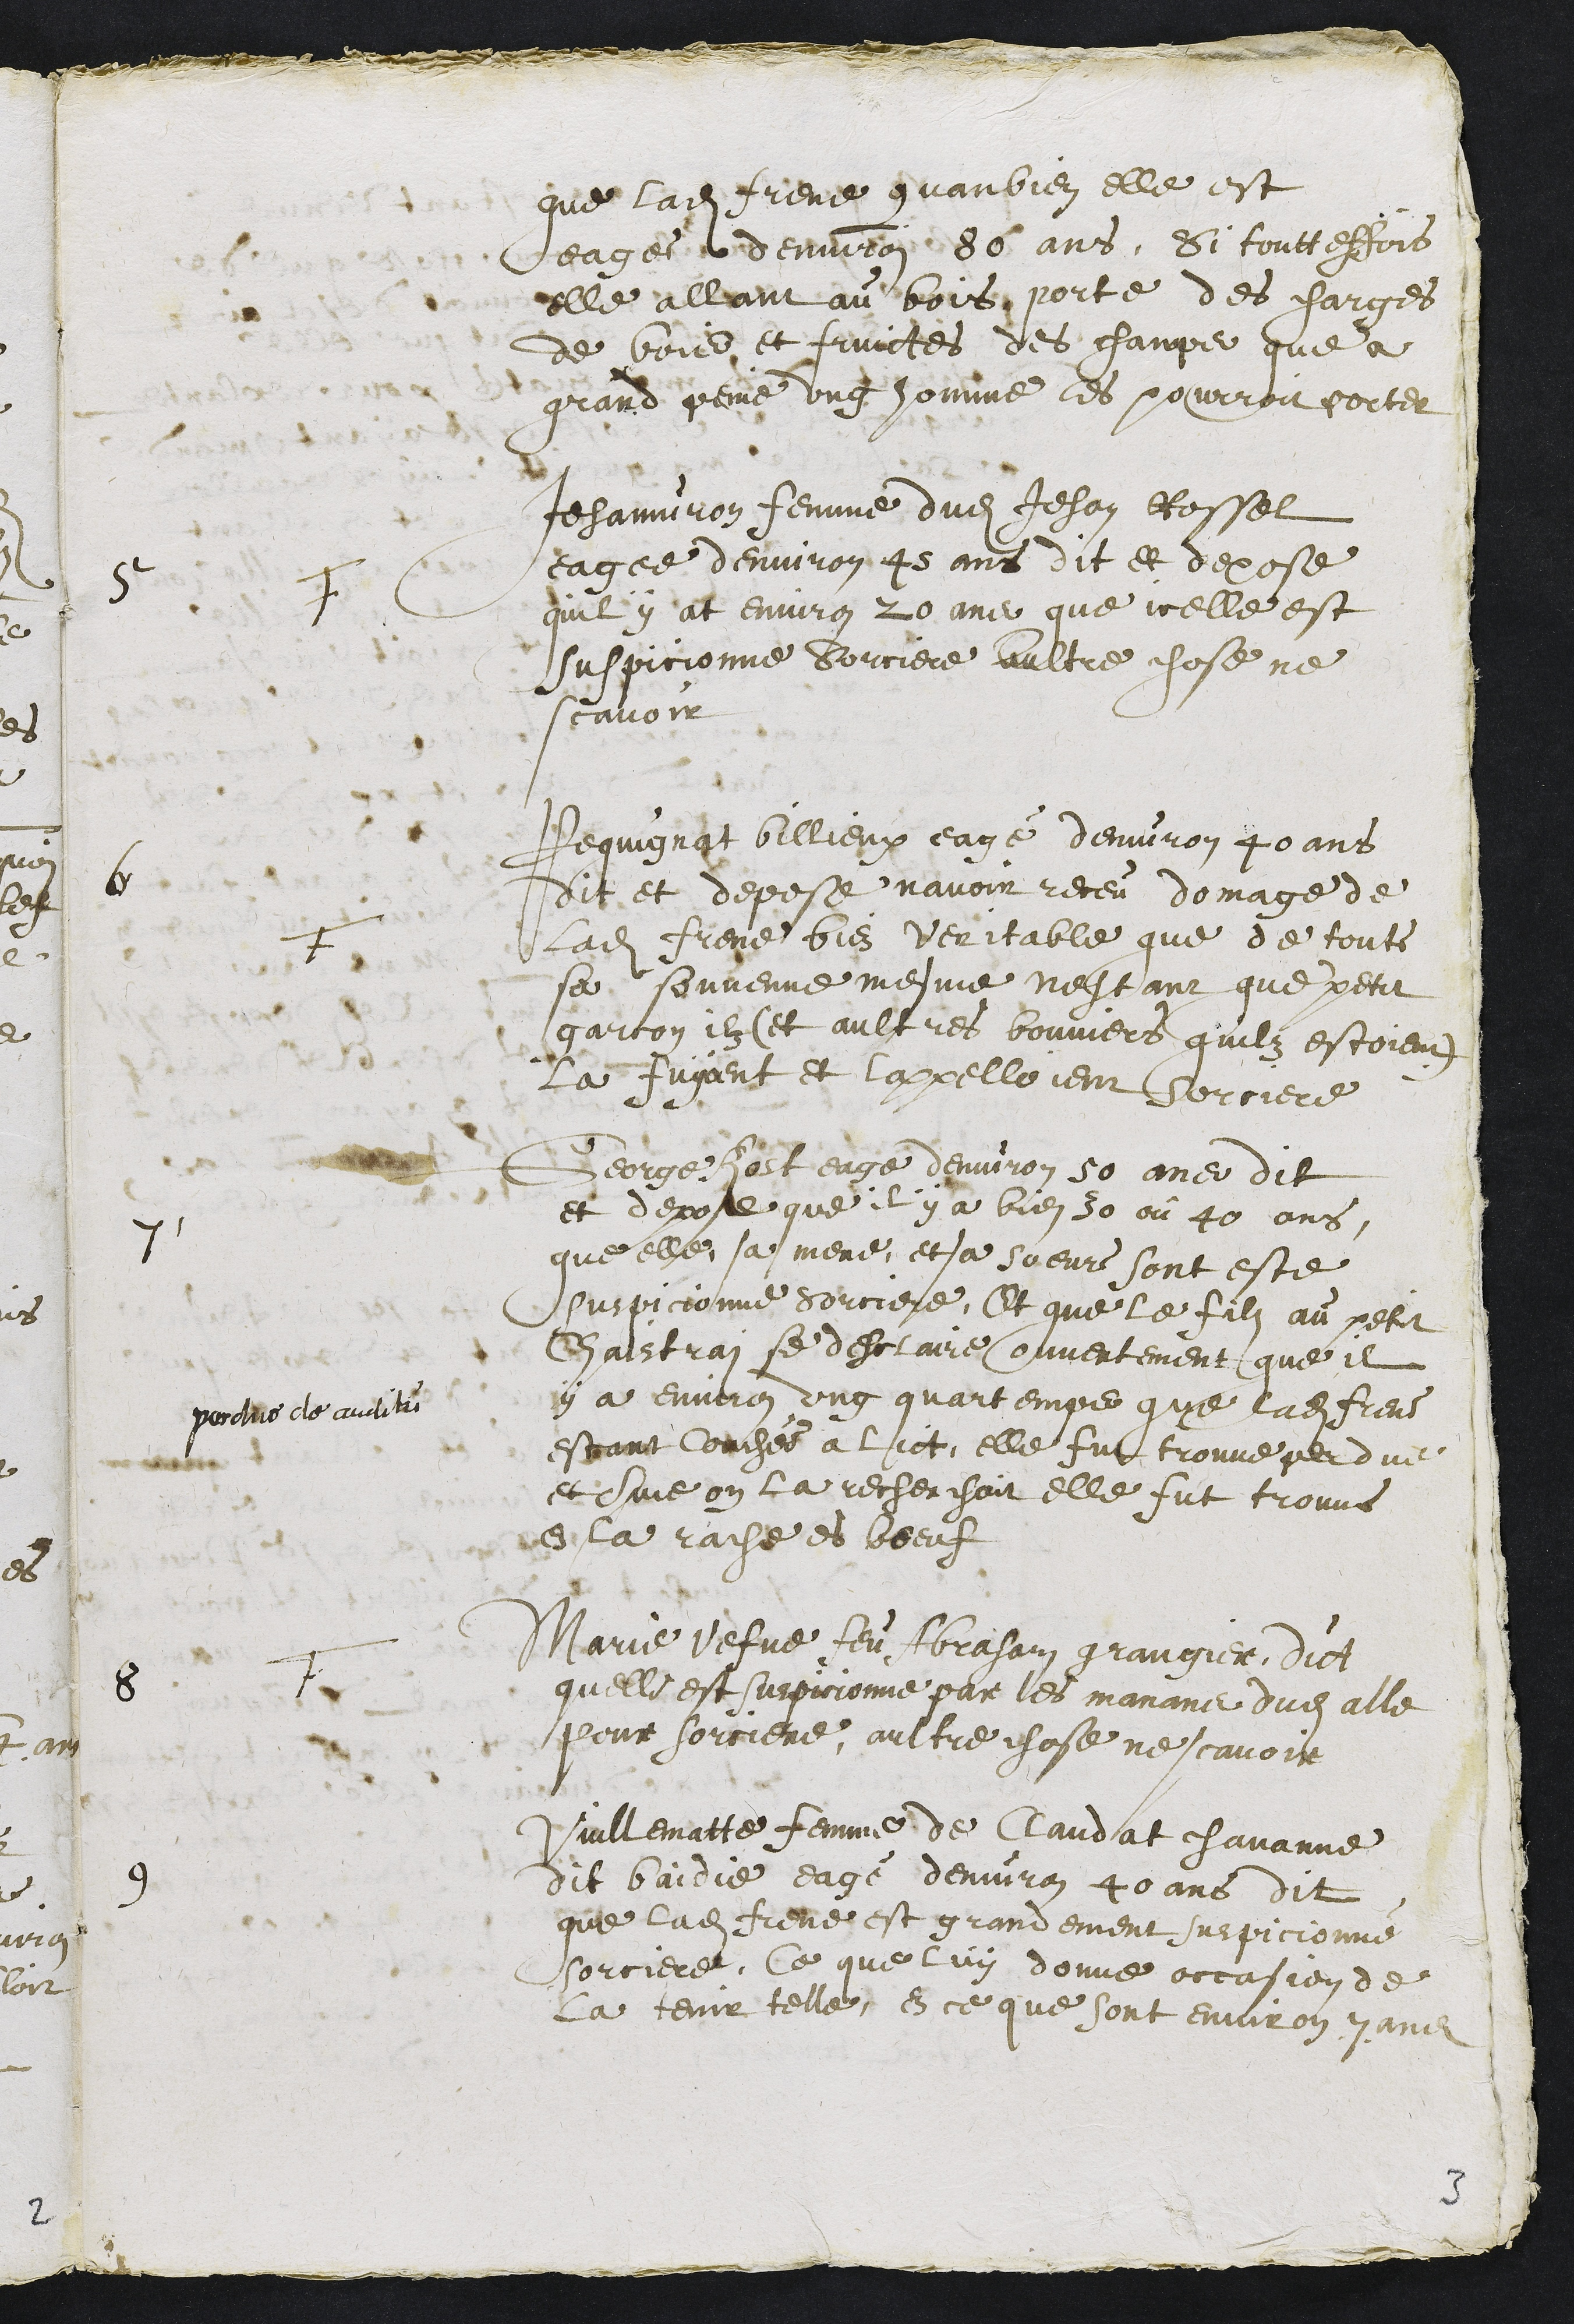
que ladite Frene quanbien elle est
eages denviron 80 ans, si toutteffois
elle allant au bois porte des charges
de bois et fruictes des champs que a
grand peine ung homme les pourroit porter
5
F
Jehanniron femme dudit Jehan Rossel
eagee d’environ 45 ans dit et depose
quil y at environ 20 ans que icelle est
suspicionne sorciere aultre chose ne
scavoir
6
F
Pequignat billieux eage denviron 40 ans
dit et depose navoir receu domage de
Ladite Frene bien veritable que de toute
sa souvenue mesme nestant que petit
garcon ilz (et aultres bouviers quilz estoient)
La fuyoient et lapelloient sorciere
7
George Rost eage denviron 50 ans dit
et depose que il y a bien 30 ou 40 ans
que elle, sa mere, et sa soeurs sont este
suspicionne sorciere. Et que le filz au petit
Chaistrai se desclaire ouvertement que il
y a environ ung quartemps que ladite Frene
perdito de auditu
estant couchee a lict, elle fut trouve perdue
et que on la recherchoit elle fut trouve
de la rache es boeuf
8
F
Marie vefve feu Abraham grangier dict
quelle est suspicionne par les manans dudit alle
pour sorciere, aultre chose ne scavoir
9
Vuillematte femme de Claudat chavanne
dit baidie eagé denviron 40 ans dit
que ladite Frene est grandement suspicionné
sorciere, Ce que luy donne occasion de
la tenir telle en ce que sont environ 7 ans
3